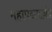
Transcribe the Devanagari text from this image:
महापद्ममानंद